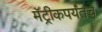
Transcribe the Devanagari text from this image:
मॅट्रीकपर्यंतचे